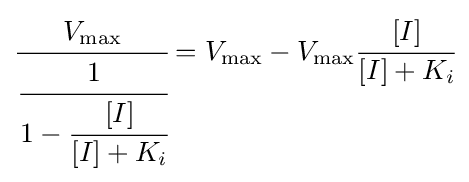
{\cfrac {V_{\max }}{\cfrac {1}{1-{\cfrac {[I]}{[I]+K_{i}}}}}}=V_{\max }-V_{\max }{\cfrac {[I]}{[I]+K_{i}}}